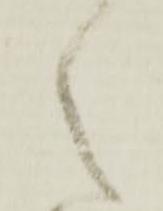
之